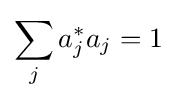
\sum _{j}a_{j}^{*}a_{j}=1